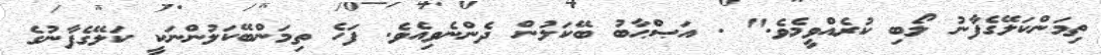
ތިމަންކަލޭގެފާނު ލޯބި ކުރެއްވީމެވެ." . އަޞްޙާބު ބޭކަލުން ދެންނެވިއެވެ. ފަހެ ތިމަންބޭކަލުންނަކީ ކަލޭގެފާނުގެ